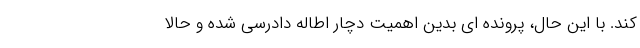
کند. با این حال، پرونده ای بدین اهمیت دچار اطاله دادرسی شده و حالا